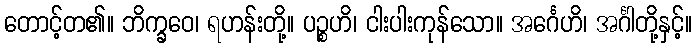
တောင့်တ၏။ ဘိက္ခဝေ၊ ရဟန်းတို့။ ပဉ္စဟိ၊ ငါးပါးကုန်သော။ အင်္ဂေဟိ၊ အင်္ဂါတို့နှင့်။